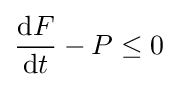
{\frac {\mathrm {d} F}{\mathrm {d} t}}-P\leq 0